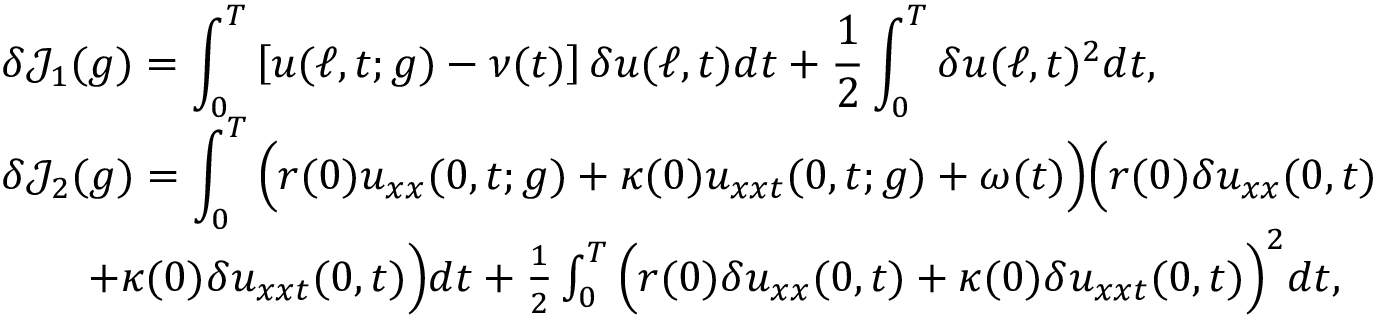
\begin{array} { r l r } { \lefteqn { \delta \mathcal { J } _ { 1 } ( g ) = \int _ { 0 } ^ { T } \left[ u ( \ell , t ; g ) - \nu ( t ) \right] \delta u ( \ell , t ) d t + \frac { 1 } { 2 } \int _ { 0 } ^ { T } \delta u ( \ell , t ) ^ { 2 } d t , } } \\ { \lefteqn { \delta \mathcal { J } _ { 2 } ( g ) = \int _ { 0 } ^ { T } \Big ( r ( 0 ) u _ { x x } ( 0 , t ; g ) + \kappa ( 0 ) u _ { x x t } ( 0 , t ; g ) + \omega ( t ) \Big ) \Big ( r ( 0 ) \delta u _ { x x } ( 0 , t ) } } \\ & { } & { + \kappa ( 0 ) \delta u _ { x x t } ( 0 , t ) \Big ) d t + \frac { 1 } { 2 } \int _ { 0 } ^ { T } \Big ( r ( 0 ) \delta u _ { x x } ( 0 , t ) + \kappa ( 0 ) \delta u _ { x x t } ( 0 , t ) \Big ) ^ { 2 } d t , ~ ~ } \end{array}